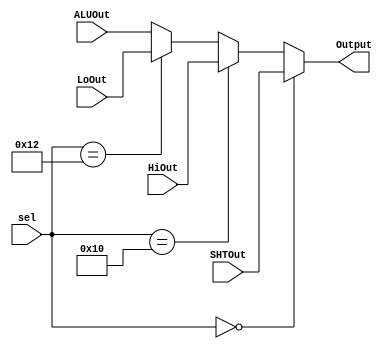
module MUX(sel , ALUOut, HiOut, LoOut, SHTOut, Output);
  input[5:0] sel;
  input[31:0] ALUOut, HiOut, LoOut, SHTOut;
  output[31:0] Output;
    // define signal

  parameter SLL = 6'b000000; // d0
  parameter Hi = 6'd16;
  parameter Lo = 6'd18;
  
  assign Output = (sel == SLL)? SHTOut:
                  (sel == Hi)? HiOut:
                  (sel == Lo)? LoOut:
                  ALUOut;
endmodule